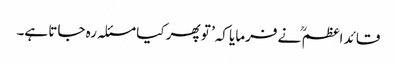
قائد اعظم ؒ نے فرمایا کہ’ تو پھر کیا مسئلہ رہ جاتا ہے۔